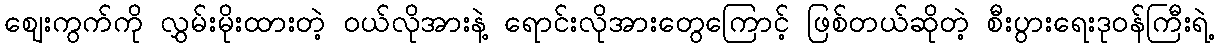
ဈေးကွက်ကို လွှမ်းမိုးထားတဲ့ ဝယ်လိုအားနဲ့ ရောင်းလိုအားတွေကြောင့် ဖြစ်တယ်ဆိုတဲ့ စီးပွားရေးဒုဝန်ကြီးရဲ့